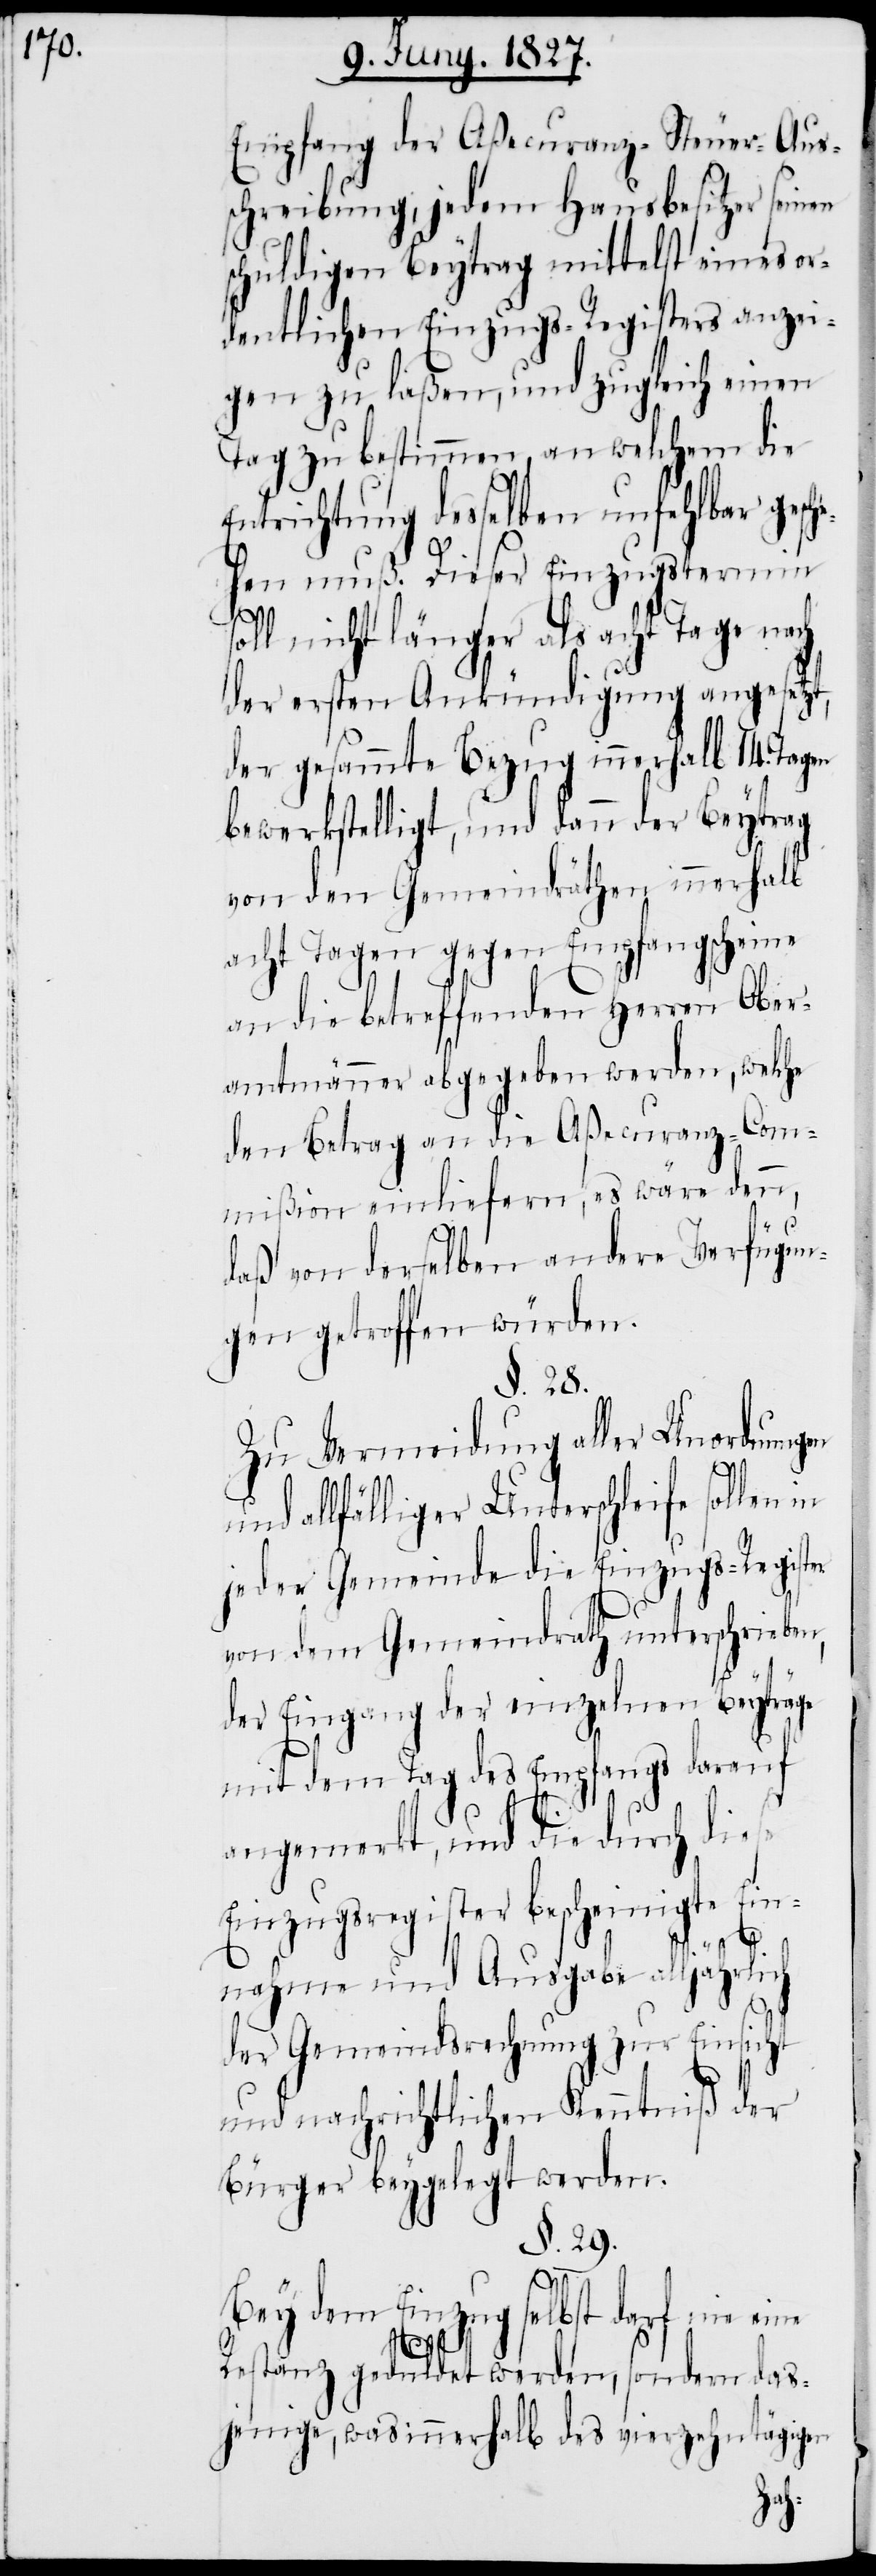
Empfang der Aßecuranz-Steuer-Aus¬
schreibung, jedem Hausbesitzer seinen
schuldigen Beytrag mittelst eines or¬
dentlichen Einzugs-Registers anzei¬
gen zu laßen, und zugleich einen
Tag zu bestimmen, an welchem die
Entrichtung desselben unfehlbar gesch¬
ehen muß. Dieser Einzugstermin
soll nicht länger als acht Tage nach
der ersten Ankündigung angesetzt,
der gesammte Bezug innerhalb 14. Tagen
bewerkstelligt, und dann der Beytrag
von den Gemeindräthen innerhalb
acht Tagen gegen Empfangsscheine
an die betreffenden Herren Ober¬
amtmänner abgegeben werden, welche
den Betrag an die Aßecuranz-Com¬
mißion einliefern, es wäre denn,
daß von derselben andere Verfügun¬
gen getroffen würden.
§. 28.
Zu Vermeidung aller Unordnungen
allfälliger Unterschleife sollen
jeder Gemeinde die Einzugs-Register
von dem Gemeindrath unterschrieben,
der Eingang der einzelnen Beyträge
mit dem Tag des Empfangs darauf
angemerkt, und die durch diese
Einzugsregister bescheinigte Ein¬
nahme und Ausgabe alljährlich
der Gemeindsrechnung zur Einsicht
und nachrichtlichen Kenntniß der
Bürger beygelegt werden.
§. 29.
Bey dem Einzug selbst darf nie eine
Restanz geduldet werden, sondern das¬
jenige, was innerhalb des vierzehntätigen